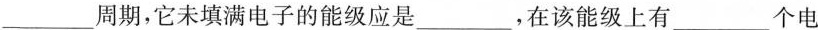
___周期，它未填满电子的能级应是___，在该能级上有___个电